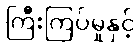
ကြီးကြပ်မှုနှင့်